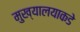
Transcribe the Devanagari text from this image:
मुख्यालयाकडे